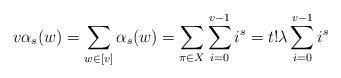
LaTeX: \begin{align*}v\alpha_{s}(w) = \sum_{w \in [v]}\alpha_{s}(w) = \sum_{\pi \in X}\sum_{i=0}^{v-1} i^{s} = t! \lambda \sum_{i=0}^{v-1} i^{s}\end{align*}